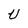
Character: U